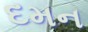
દમન